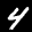
Label: 4